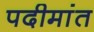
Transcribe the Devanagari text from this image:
पदीमांत